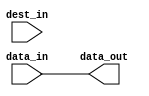
module c_align
  (data_in, dest_in, data_out);
   parameter in_width = 32;
   parameter out_width = 32;
   parameter offset = 0;
   input [0:in_width-1] data_in;
   input [0:out_width-1] dest_in;
   output [0:out_width-1] data_out;
   wire [0:out_width-1]   data_out;
   genvar 		  i;
   generate
      for(i = 0; i < out_width; i = i + 1)
	begin:bits
	   if((i < offset) || (i >= (offset + in_width)))
	     assign data_out[i] = dest_in[i];
	   else
	     assign data_out[i] = data_in[i - offset];
	end
   endgenerate
endmodule